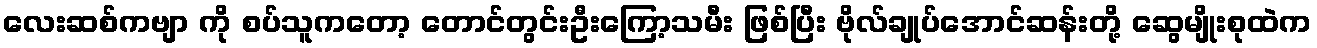
လေးဆစ်ကဗျာ ကို စပ်သူကတော့ တောင်တွင်းဦးကြော့သမီး ဖြစ်ပြီး ဗိုလ်ချုပ်အောင်ဆန်းတို့ ဆွေမျိုးစုထဲက